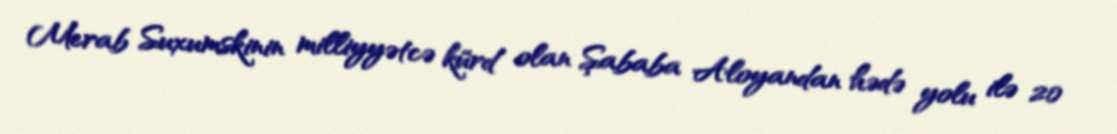
Merab Suxumskinin milliyyətcə kürd olan Şababa Aloyandan hədə yolu ilə 20